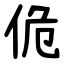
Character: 佹